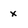
Character: x